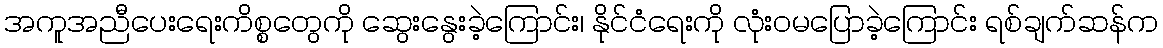
အကူအညီပေးရေးကိစ္စတွေကို ဆွေးနွေးခဲ့ကြောင်း၊ နိုင်ငံရေးကို လုံးဝမပြောခဲ့ကြောင်း ရစ်ချက်ဆန်က